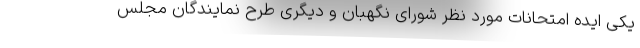
یکی ایده‌ امتحانات مورد نظر شورای نگهبان و دیگری طرح نمایندگان مجلس